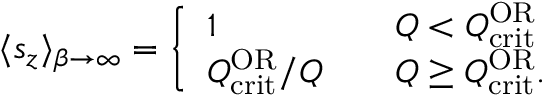
\langle s _ { z } \rangle _ { \beta \to \infty } = \left\{ \begin{array} { l l } { 1 } & { \quad Q < Q _ { \mathrm { c r i t } } ^ { \mathrm { O R } } } \\ { Q _ { \mathrm { c r i t } } ^ { \mathrm { O R } } / Q } & { \quad Q \geq Q _ { \mathrm { c r i t } } ^ { \mathrm { O R } } . } \end{array} \right.